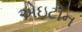
એઇટીન